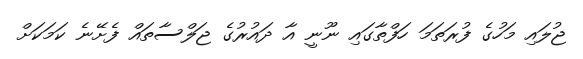
ޖުލައި މަހުގެ ފުރަތަމަ ހަފްތާގައި ނޫނީ އާ ދައުރުގެ ޖަލްސާތައް ފެށޭނެ ކަމަކަށް